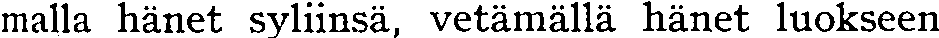
malla hänet syliinsä, vetämällä hänet luokseen